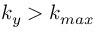
k _ { y } > k _ { m a x }